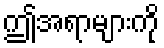
ဤအရာများကို